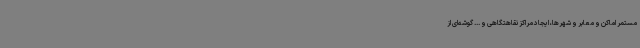
مستمر اماکن و معابر و شهرها، ایجاد مراکز نقاهتگاهی و ... گوشه‌ای از